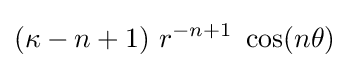
(\kappa -n+1)~r^{-n+1}~\cos(n\theta )